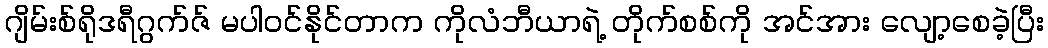
ဂျိမ်းစ်ရိုဒရီဂွက်ဇ် မပါဝင်နိုင်တာက ကိုလံဘီယာရဲ့ တိုက်စစ်ကို အင်အား လျော့စေခဲ့ပြီး